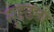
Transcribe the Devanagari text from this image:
सुद्दढता